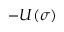
- U ( \sigma )